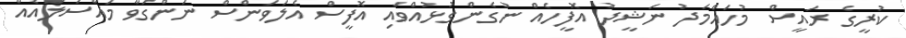
ކުރީގެ ރައީސް މުހައްމަދު ނަޝީދު އޮފީހެއް ނުގެންގުޅުއްވައި އޮފީސް އެލަވަންސް ނަންގަވާ މައްސަލައެއް